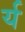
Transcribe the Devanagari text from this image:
र्य